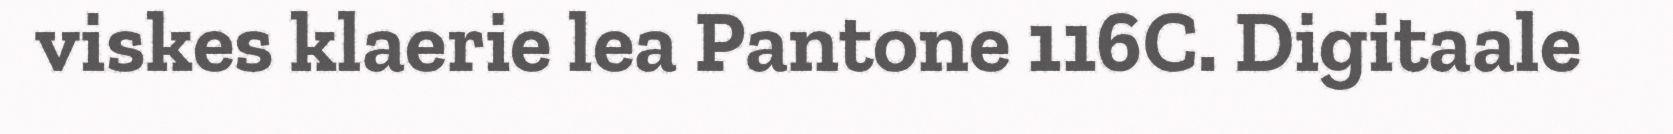
viskes klaerie lea Pantone 116C. Digitaale